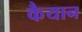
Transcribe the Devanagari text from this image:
कैयान